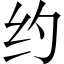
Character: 约